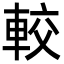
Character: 較